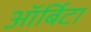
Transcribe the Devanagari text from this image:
ऑर्बिटा